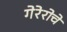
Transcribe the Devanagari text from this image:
गेरेरोचे